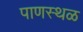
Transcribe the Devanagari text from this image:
पाणस्थळ